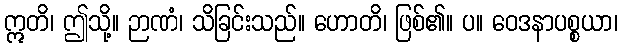
ဣတိ၊ ဤသို့။ ဉာဏံ၊ သိခြင်းသည်။ ဟောတိ၊ ဖြစ်၏။ ပ။ ဝေဒနာပစ္စယာ၊